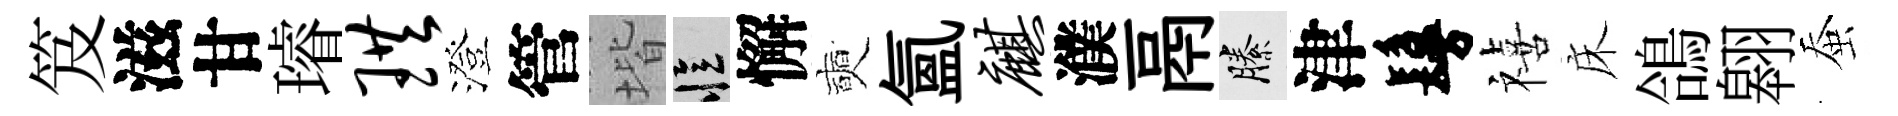
笈滋甘璿珙澄管堦忆懈奭氲麒濮鬲縢津鬘禧床鴿翱蚕